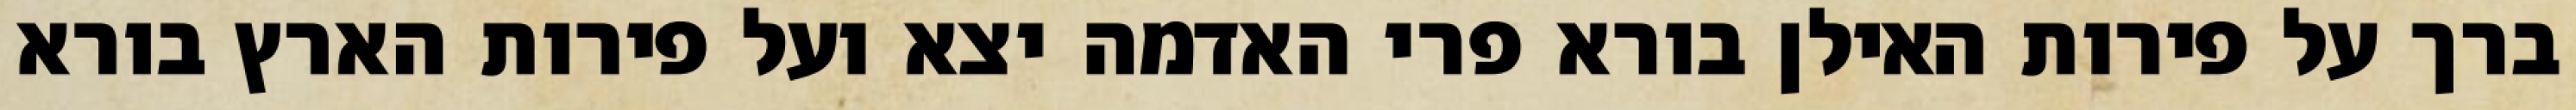
ברך על פירות האילן בורא פרי האדמה יצא ועל פירות הארץ בורא